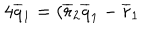
LaTeX: 4 \overline { { { q } } } _ { 1 } = ( \overline { { { r } } } _ { 2 } \overline { { { q } } } _ { 1 } - \overline { { { r } } } _ { 1 }